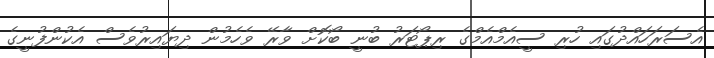
އެސަރަހައްދުގައި ހުރި ސީއެމްއެމްގެ ރިޕޯޓަރު ބުނީ ބޯކޮށް ވާރޭ ވެހެމުން ދިޔައިރުވެސް އެކުންފުނީގެ